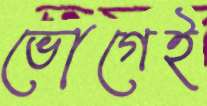
ভোগেই